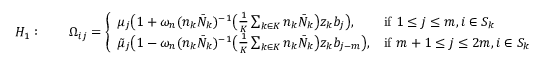
H _ { 1 } : \qquad \Omega _ { i j } = \left\{ \begin{array} { l l } { \mu _ { j } \bigl ( 1 + \omega _ { n } ( n _ { k } \bar { N } _ { k } ) ^ { - 1 } \big ( \frac { 1 } { K } \sum _ { k \in K } n _ { k } \bar { N } _ { k } \big ) z _ { k } b _ { j } \bigr ) , } & { \mathrm { i f ~ } 1 \leq j \leq m , i \in S _ { k } } \\ { \tilde { \mu } _ { j } \bigl ( 1 - \omega _ { n } ( n _ { k } \bar { N } _ { k } ) ^ { - 1 } \big ( \frac { 1 } { K } \sum _ { k \in K } n _ { k } \bar { N } _ { k } \big ) z _ { k } b _ { j - m } \bigr ) , } & { \mathrm { i f ~ } m + 1 \leq j \leq 2 m , i \in S _ { k } } \end{array} \right.